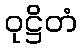
ဝုဋ္ဌိတံ